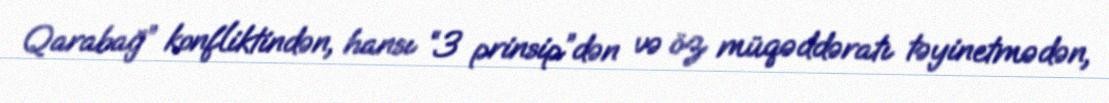
Qarabağ” konfliktindən, hansı “3 prinsip”dən və öz müqəddəratı təyinetmədən,